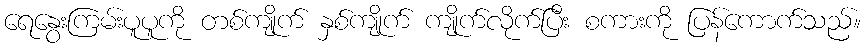
ရေနွေးကြမ်းပူပူကို တစ်ကျိုက် နှစ်ကျိုက် ကျိုက်လိုက်ပြီး စကားကို ပြန်ကောက်သည်။